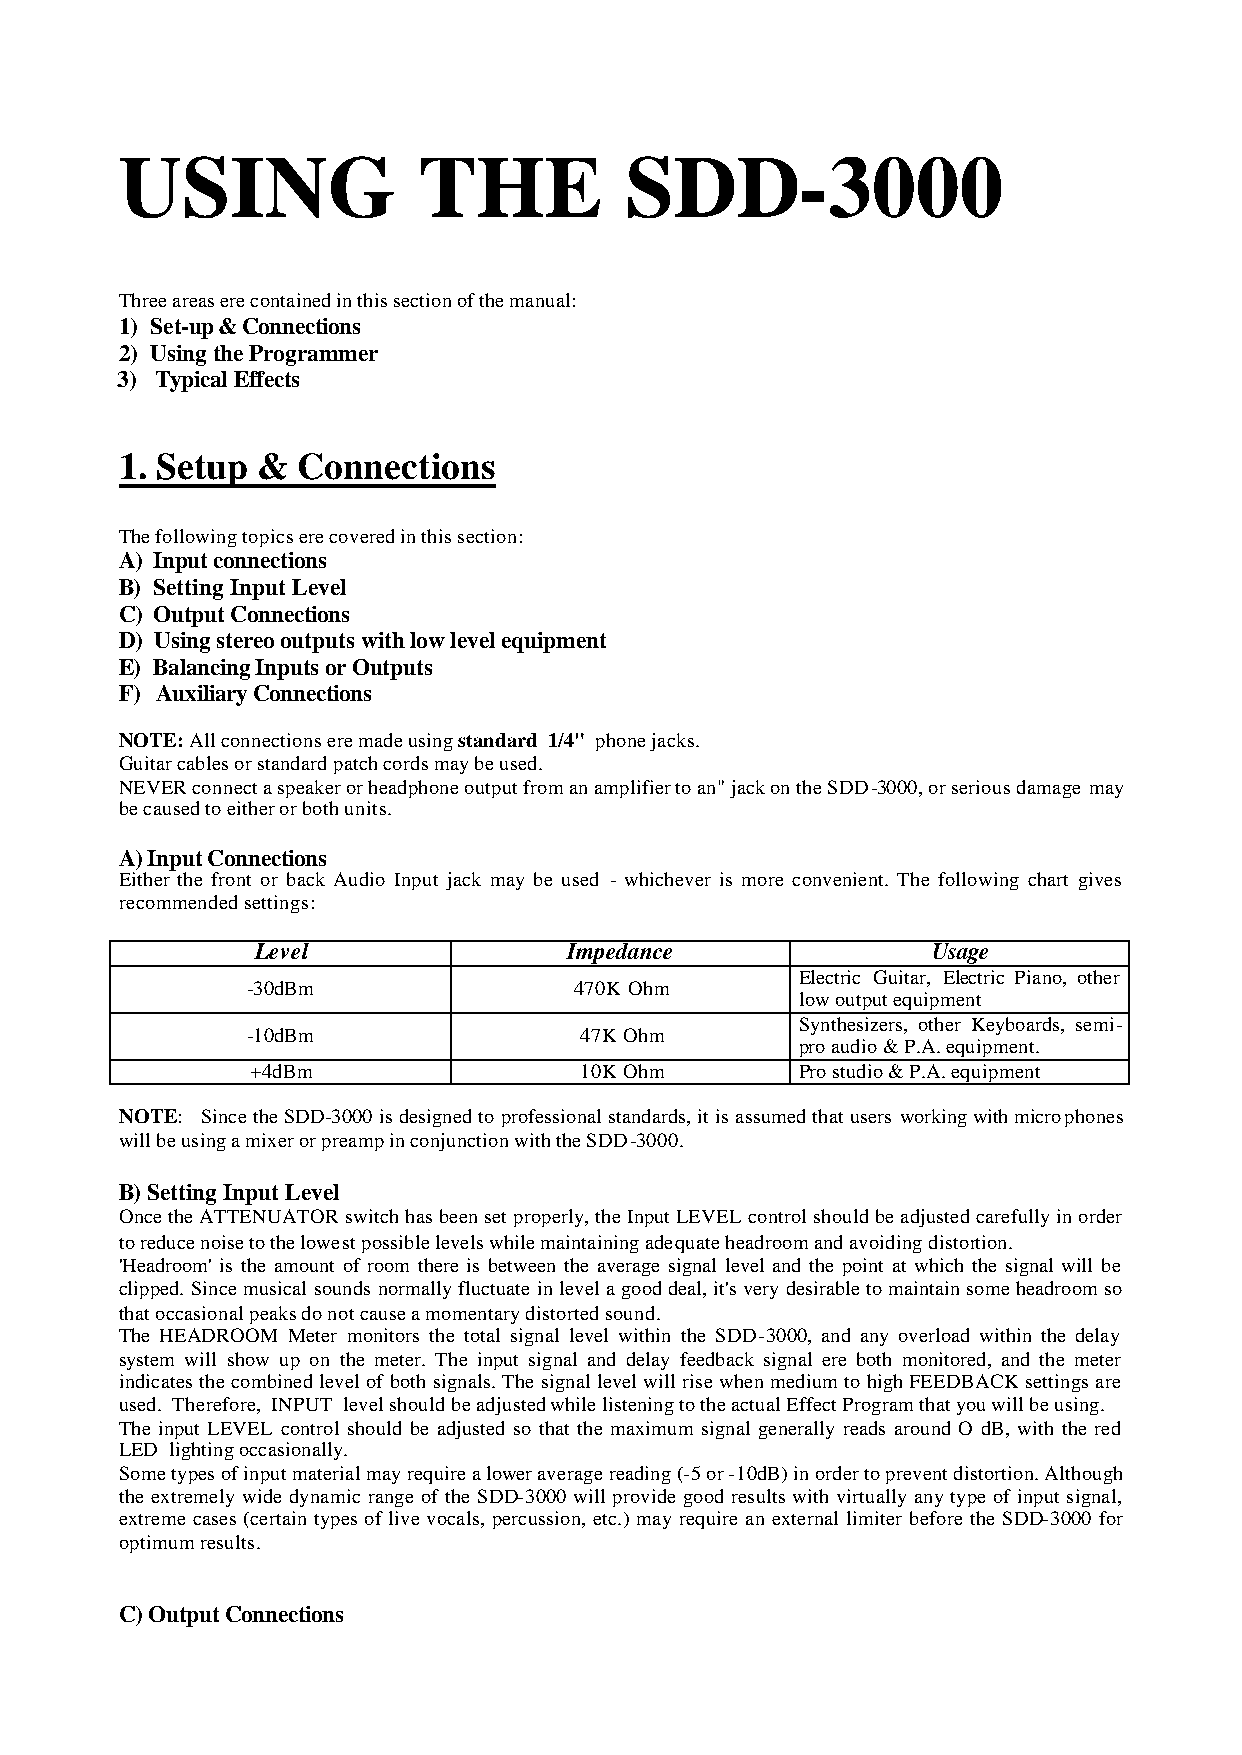
USING               THE          SDD-3000
 Three areas ere contained in this section of the manual:
 1) Set-up & Connections
 2) Using the Programmer
 3) Typical Effects
 1. Setup &  Connections
 The following topics ere covered in this section:
 A) Input connections
 B) Setting Input Level
 C) Output Connections
 D) Using stereo outputs with low level equipment
 E) Balancing Inputs or Outputs
 F) Auxiliary Connections
 NOTE: All connections ere made using standard 1/4" phone jacks.
 Guitar cables or standard patch cords may be used.
 NEVER connect a speaker or headphone output from an amplifier to an" jack on the SDD-3000, or serious damage may
 be caused to either or both units.
 A) Input Connections
 Either the front or back Audio Input jack may be used - whichever is more convenient. The following chart gives
 recommended settings:
 Level                Impedance               Usage
 Electric Guitar, Electric Piano, other
 -30dBm                470K Ohm
 low output equipment
 Synthesizers, other Keyboards, semi-
 -10dBm                47K Ohm
 pro audio & P.A. equipment.
 +4dBm                10K Ohm        Pro studio & P.A. equipment
 NOTE: Since the SDD-3000 is designed to professional standards, it is assumed that users working with microphones
 will be using a mixer or preamp in conjunction with the SDD-3000.
 B) Setting Input Level
 Once the ATTENUATOR switch has been set properly, the Input LEVEL control should be adjusted carefully in order
 to reduce noise to the lowest possible levels while maintaining adequate headroom and avoiding distortion.
 'Headroom' is the amount of room there is between the average signal level and the point at which the signal will be
 clipped. Since musical sounds normally fluctuate in level a good deal, it's very desirable to maintain some headroom so
 that occasional peaks do not cause a momentary distorted sound.
 The HEADROOM Meter monitors the total signal level within the SDD-3000, and any overload within the delay
 system will show up on the meter. The input signal and delay feedback signal ere both monitored, and the meter
 indicates the combined level of both signals. The signal level will rise when medium to high FEEDBACK settings are
 used. Therefore, INPUT level should be adjusted while listening to the actual Effect Program that you will be using.
 The input LEVEL control should be adjusted so that the maximum signal generally reads around O dB, with the red
 LED lighting occasionally.
 Some types of input material may require a lower average reading (-5 or -10dB) in order to prevent distortion. Although
 the extremely wide dynamic range of the SDD-3000 will provide good results with virtually any type of input signal,
 extreme cases (certain types of live vocals, percussion, etc.) may require an external limiter before the SDD-3000 for
 optimum results.
 C) Output Connections